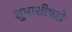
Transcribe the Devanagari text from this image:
शुभाशीषसे